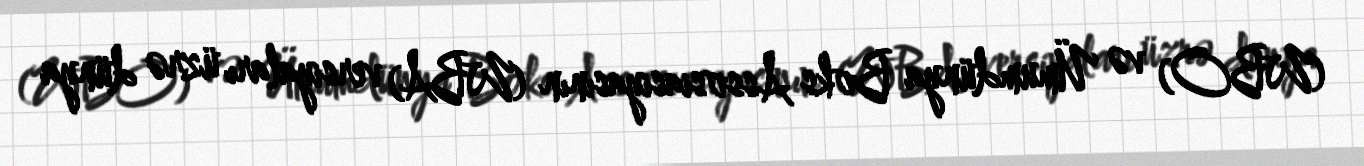
(WBO) və Ümumdünya Boks Assosiasiyasının (WBA) versiyaları üzrə dünya